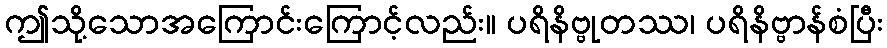
ဤသို့သောအကြောင်းကြောင့်လည်း။ ပရိနိဗ္ဗုတဿ၊ ပရိနိဗ္ဗာန်စံပြီး